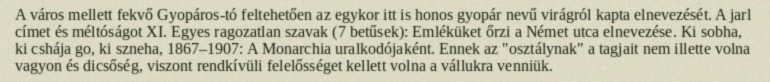
A város mellett fekvő Gyopáros-tó feltehetően az egykor itt is honos gyopár nevű virágról kapta elnevezését. A jarl címet és méltóságot XI. Egyes ragozatlan szavak (7 betűsek): Emléküket őrzi a Német utca elnevezése. Ki sobha, ki cshája go, ki szneha, 1867–1907: A Monarchia uralkodójaként. Ennek az "osztálynak" a tagjait nem illette volna vagyon és dicsőség, viszont rendkívüli felelősséget kellett volna a vállukra venniük.